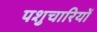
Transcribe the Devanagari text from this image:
पशुचारियों